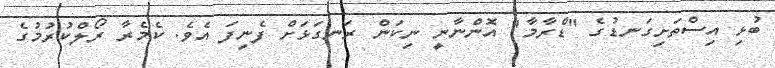
ބުޅި އިސްތަށިގަނޑުގެ "ޑްރާމާ" އޮންނާނީ ނިކަން ރަނގަޅަށް ފެނިފަ އެވެ. ކެމެރާ ރޯލްކުރުމުގެ